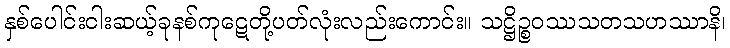
နှစ်ပေါင်းငါးဆယ့်ခုနစ်ကုဋေတို့ပတ်လုံးလည်းကောင်း။ သဋ္ဌိဉ္စဝဿသတသဟဿာနိ၊